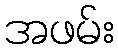
အဖမ်း